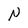
Character: N